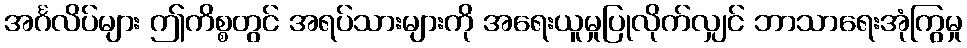
အင်္ဂလိပ်များ ဤကိစ္စတွင် အရပ်သားများကို အရေးယူမှုပြုလိုက်လျှင် ဘာသာရေးအုံကြွမှု